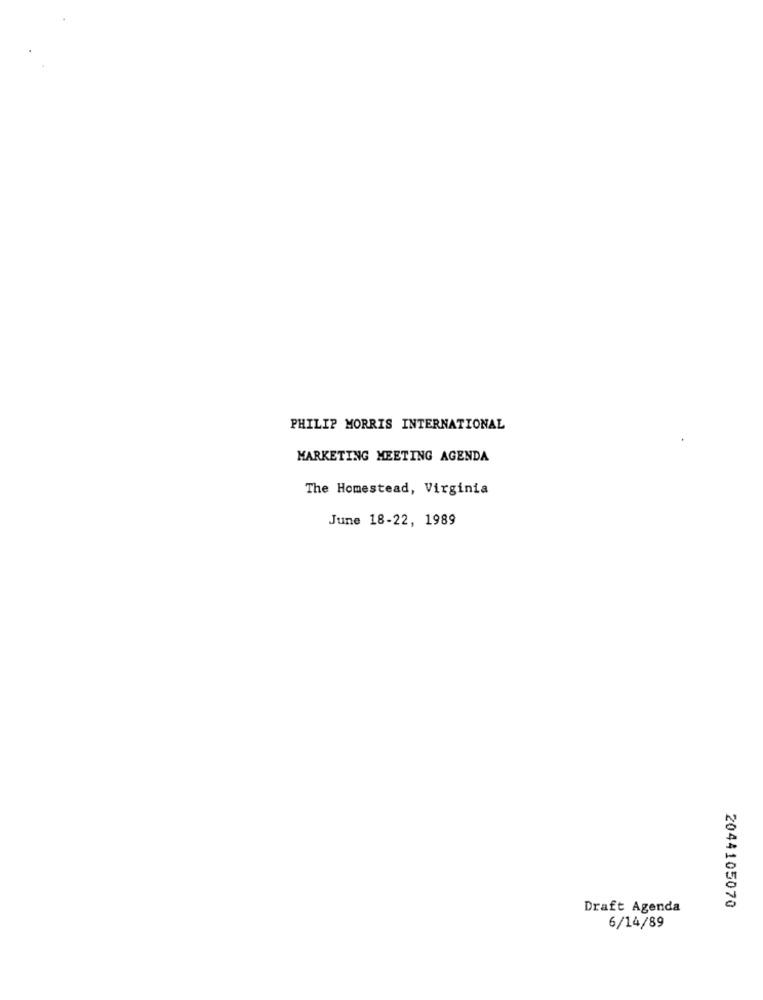
PHILIP MORRIS INTERNATIONAL
MARKETING MEETING AGENDA
The Homestead, Virginia
June 18-22, 1989
Draft Agenda
2044105070
6/14/89